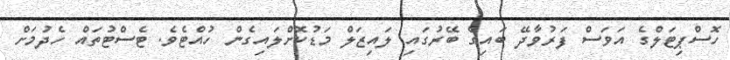
ހޮސްޕިޓަލްގެ އަވަސް ފަރުވާދޭ ބައިގެ ބޭރުގައި ލައިޒަލް މަޑުކޮށްލައިގެން ހުއްޓެވެ. ޓެސްޓުތައް ހެދުމަށް